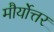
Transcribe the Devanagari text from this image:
मौर्योत्तर